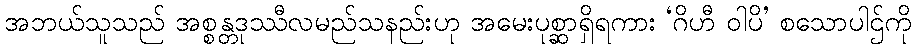
အဘယ်သူသည် အစ္စန္တဒုဿီလမည်သနည်းဟု အမေးပုစ္ဆာရှိရကား ‘ဂိဟီ ဝါပိ’ စသောပါဌ်ကို